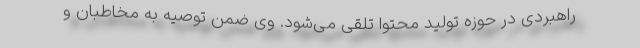
راهبردی در حوزه تولید محتوا تلقی می‌شود. وی ضمن توصیه به مخاطبان و